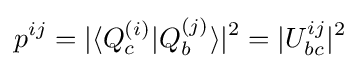
p^{ij}=|\langle Q_{c}^{(i)}|Q_{b}^{(j)}\rangle |^{2}=|U_{bc}^{ij}|^{2}